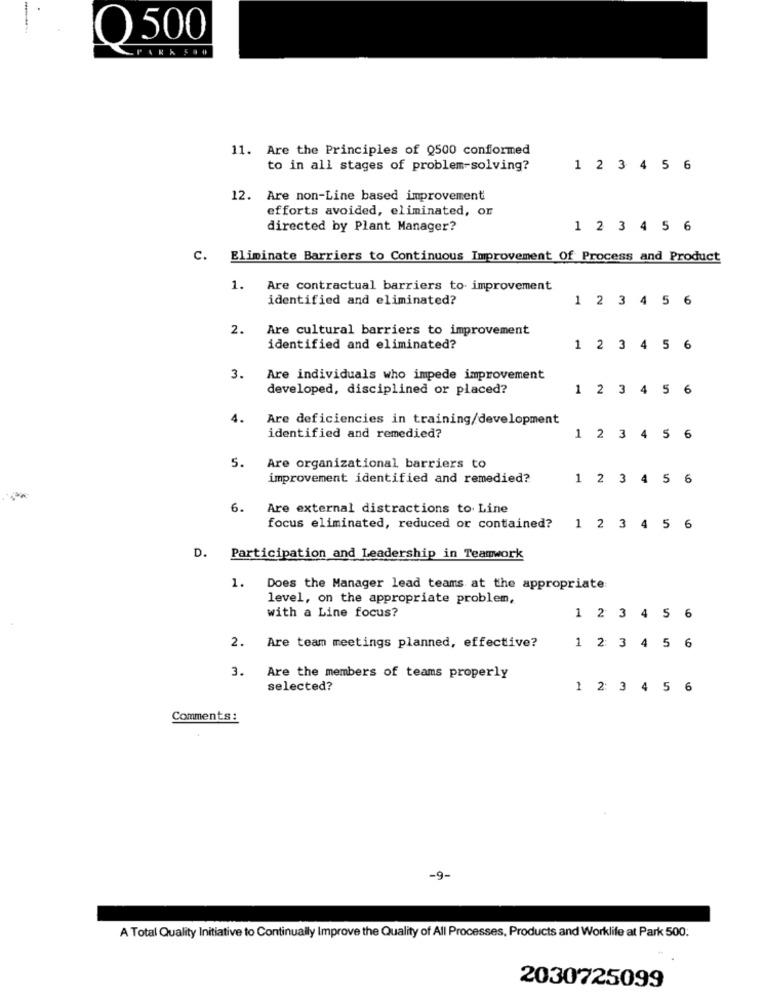
O 500
11. Are the Principles of Q500 conformed
to in all stages of problem-solving?
1 2 3 4 5 6
12. Are non-Line based improvement
efforts avoided, eliminated, or
directed by Plant Manager?
1 2 3 4 5 6
C. Eliminate Barriers to Continuous Improvement Of Process and Product
1.
Are contractual barriers to improvement
identified and eliminated?
1 2 3 4 5 6
2.
Are cultural barriers to improvement
identified and eliminated?
1 2 3 4 5 6
3.
Are individuals who impede improvement
developed, disciplined or placed?
1 2 3 4 5 6
4.
Are deficiencies in training/development
identified and remedied?
1 2 3 4 5
6
5.
Are organizational barriers to
improvement identified and remedied?
1 2 3 4 5 6
6.
Are external distractions to Line
focus eliminated, reduced or contained?
1 2 3 4 5 6
D. Participation and Leadership in Teamwork
1.
Does the Manager lead teams at the appropriate:
level, on the appropriate problem,
with a Line focus?
1 2 3 4 5 6
2. Are team meetings planned, effective?
1 2 3 4 5 6
3.
Are the members of teams properly
selected?
1 2 3 4 5 6
Comments:
-9-
A Total Quality Initiative to Continually Improve the Quality of All Processes, Products and Worklife at Park 500.
2030725099